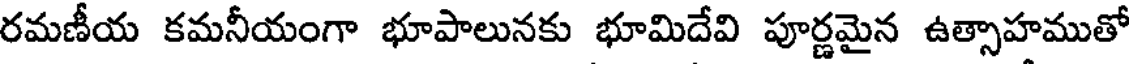
రమణీయ కమనీయంగా భూపాలునకు భూమిదేవి పూర్ణమైన ఉత్సాహముతో